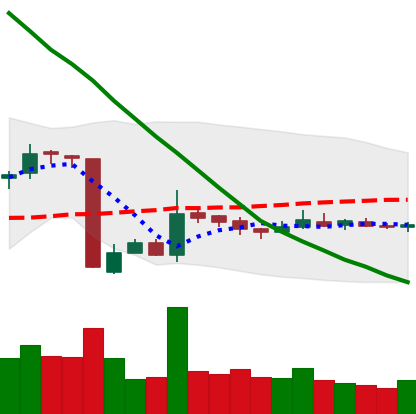
Ticker: EOS-USD
Chart end date: 2018-10-26
Forward return: -3.537%
Label: down_3_5